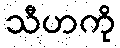
သီဟကို